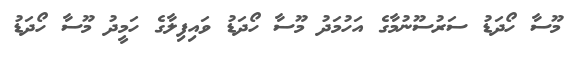
މޫސާ ހޯދަޑު ސަރުސޫނުމާގެ އަހުމަދު މޫސާ ހޯދަޑު ވައިފިލާގެ ހަމީދު މޫސާ ހޯދަޑު